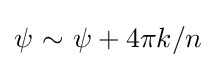
\psi \ {\sim }\ \psi +4\pi k/n